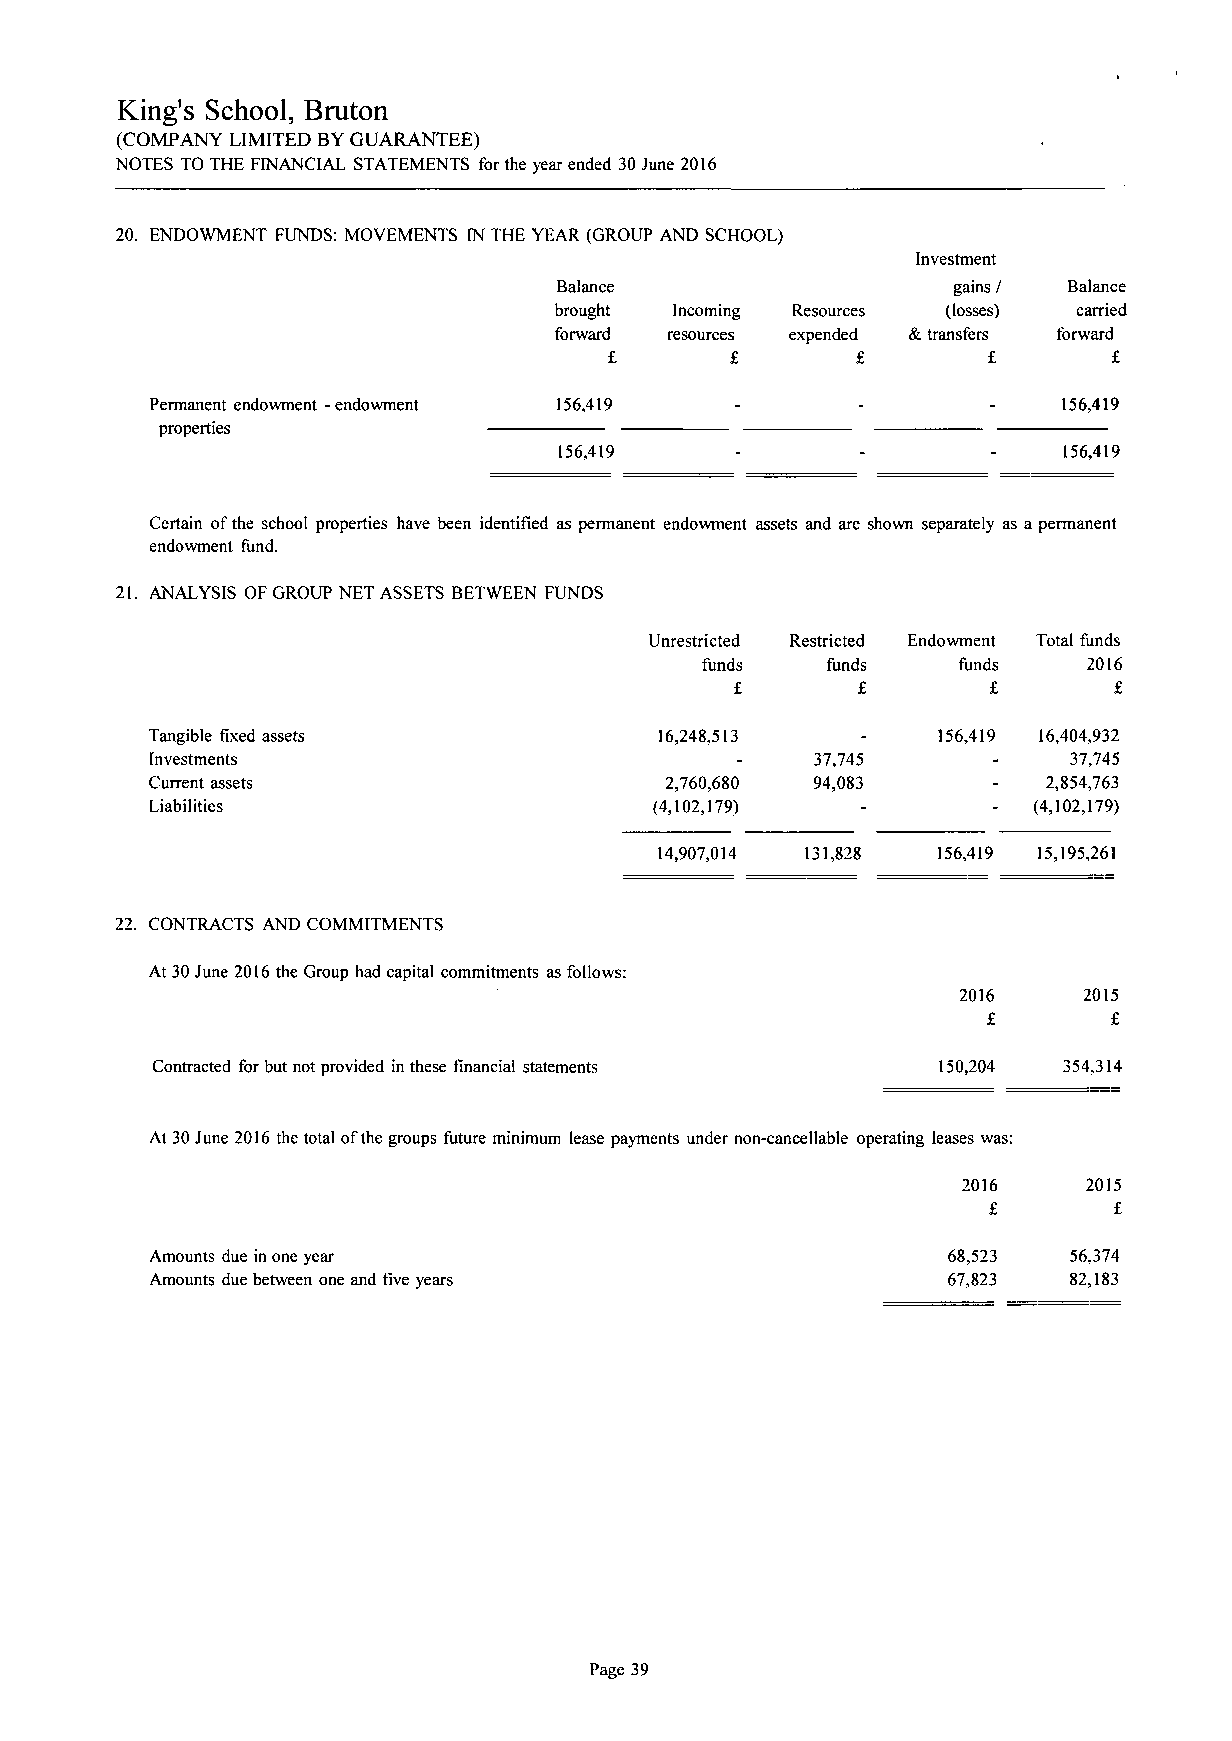
King's School, Bruton
 (COMPANY LIMITED BY GUARANTEE)
 NOTES TO THE FINANCIAL STATEMENTS for the year ended 30 June 2016
 20. ENDOWMENT FUNDS: MOVEMENTS IN THE YEAR (GROUP AND SCHOOL)
 Investment
 Balance                   gains / Balance
 brought Incoming Resources (losses) carried
 forward resources expended & transfers forward
 £       £        £       £        £
 Permanent endowment - endowment 156,419                     156,419
 properties
 156,419                          156,419
 Certain of the school properties have been identified as permanent endowment assets and are shown separately as a permanent
 endowment fund.
 21. ANALYSIS OF GROUP NET ASSETS BETWEEN FUNDS
 Unrestricted Restricted Endowment Total funds
 funds    funds   funds    2016
 £       £       £        £
 Tangible fixed assets             16,248,513        156,419 16,404,932
 Investments                                 37.745           37,745
 Current assets                    2,760,680 94,083         2,854,763
 Liabilities                      (4,102,179)              (4,102,179)
 14,907,014 131,828 156,419 15,195,261
 22. CONTRACTS AND COMMITMENTS
 At 30 June 2016 the Group had capital commitments as follows:
 2016     2015
 £        £
 Contracted for but not provided in these financial statements 150,204 354,314
 At 30 June 2016 the total oflhe groups future minimum lease payments under non-cancellable operating leases was:
 2016    2015
 £        £
 Amounts due in one year                              68,523  56,374
 Amounts due between one and five years               67,823  82,183
 Page 39